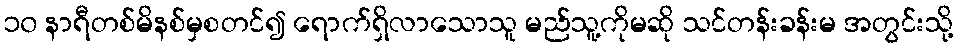
၁၀ နာရီတစ်မိနစ်မှစတင်၍ ရောက်ရှိလာသောသူ မည်သူ့ကိုမဆို သင်တန်းခန်းမ အတွင်းသို့